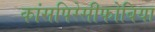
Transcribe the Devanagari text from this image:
कांसपिरेसीफोबिया